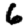
Digit: 6